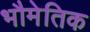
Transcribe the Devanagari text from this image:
भौमेतिक